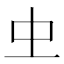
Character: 𠀐